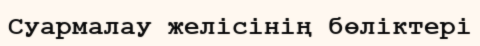
Суармалау желісінің бөліктері